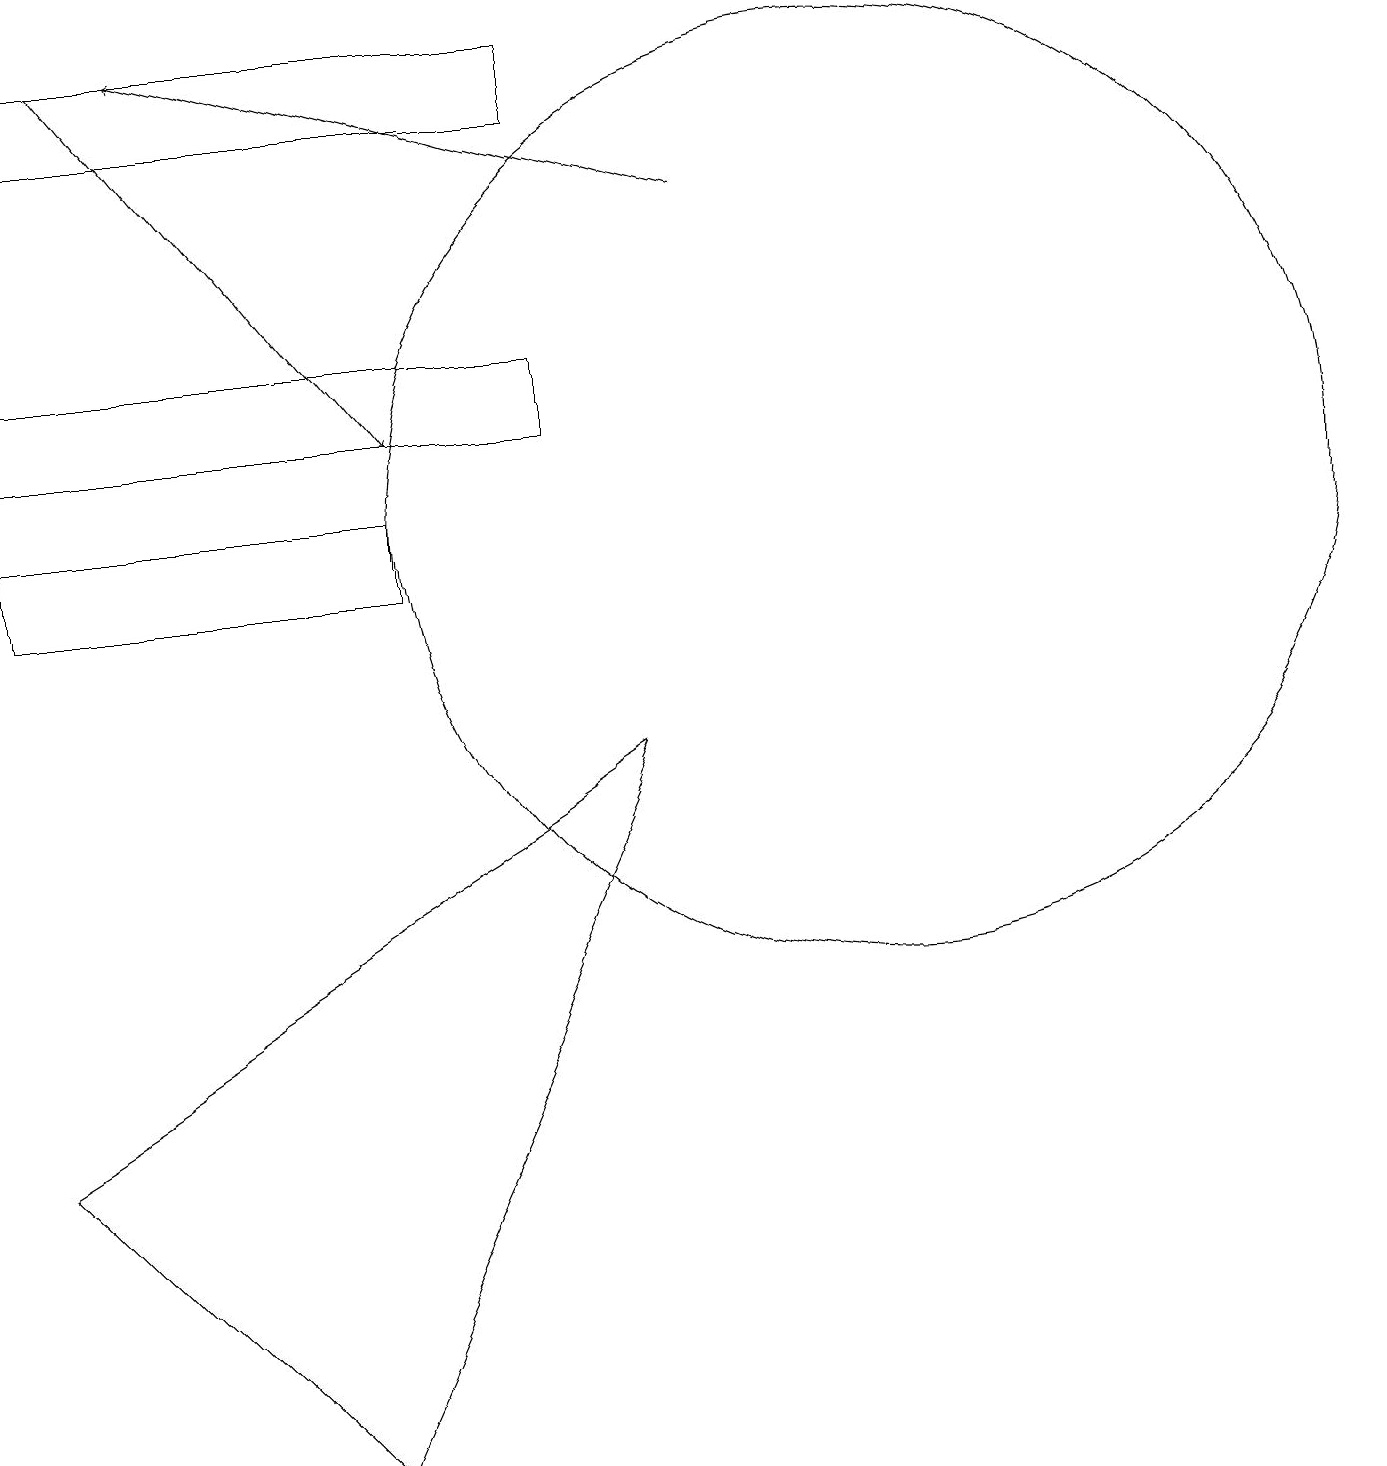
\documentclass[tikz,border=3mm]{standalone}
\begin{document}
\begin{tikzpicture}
\draw (0,13) rectangle (7,14);
\draw[->] (1,18) -- (5,13);
\draw (11,10) circle (0);
\draw (4,0) -- (0,4) -- (8,9) -- cycle;
\draw (0,11) rectangle (5,12);
\draw[->] (9,16) -- (2,18);
\draw (7,17) rectangle (0,18);
\draw (11,12) circle (6);
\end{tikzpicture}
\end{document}